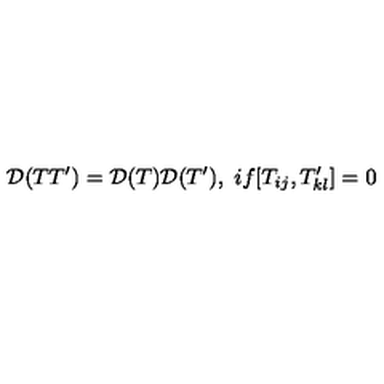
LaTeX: { \cal D } ( T T ^ { \prime } ) = { \cal D } ( T ) { \cal D } ( T ^ { \prime } ) , \ i f [ T _ { i j } , T _ { k l } ^ { \prime } ] = 0